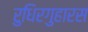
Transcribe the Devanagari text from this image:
रुधिरगुहारस